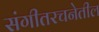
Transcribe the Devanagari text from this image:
संगीतरचनेतील